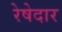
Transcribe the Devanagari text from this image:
रेषेदार